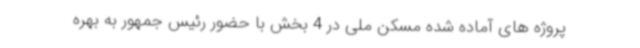
پروژه های آماده شده مسکن ملی در 4 بخش با حضور رئیس جمهور به بهره